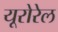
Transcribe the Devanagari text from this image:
यूरोरेल